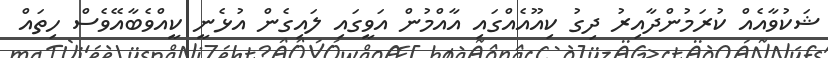
ޝަކުވާއެއް ކުރަމުންދާއިރު ދިގު ކިއޫއެއްގައި އާއްމުން އަވީގައި ލައިގެން އުޅެނީ ކީއްވެބާއޭވެސް ހިތައް